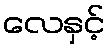
လေနှင့်